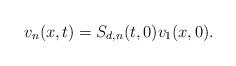
LaTeX: \begin{align*} v_n(x,t)&=S_{d,n}(t,0)v_1(x,0).\end{align*}